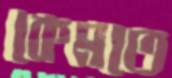
কেমতে